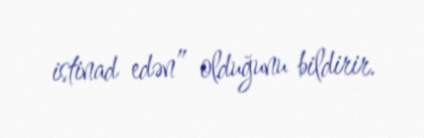
istinad edən” olduğunu bildirir.